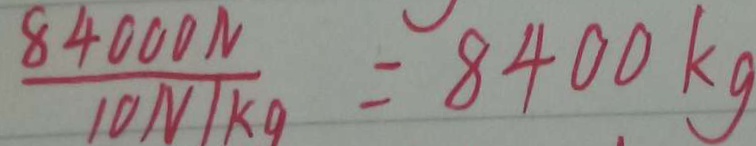
\frac { 8 4 0 0 0 N } { 1 0 N / k g } = 8 4 0 0 k g